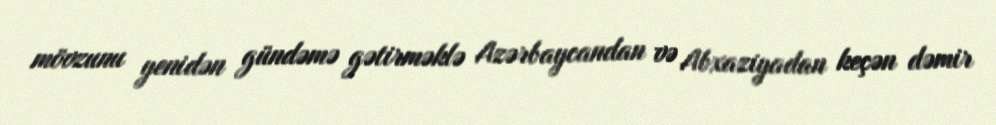
mövzunu yenidən gündəmə gətirməklə Azərbaycandan və Abxaziyadan keçən dəmir